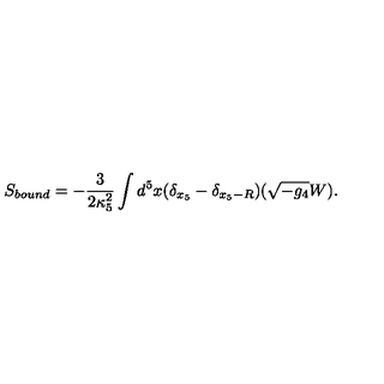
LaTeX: S _ { b o u n d } = - \frac { 3 } { 2 \kappa _ { 5 } ^ { 2 } } \int d ^ { 5 } x ( \delta _ { x _ { 5 } } - \delta _ { x _ { 5 } - R } ) ( \sqrt { - g _ { 4 } } W ) .